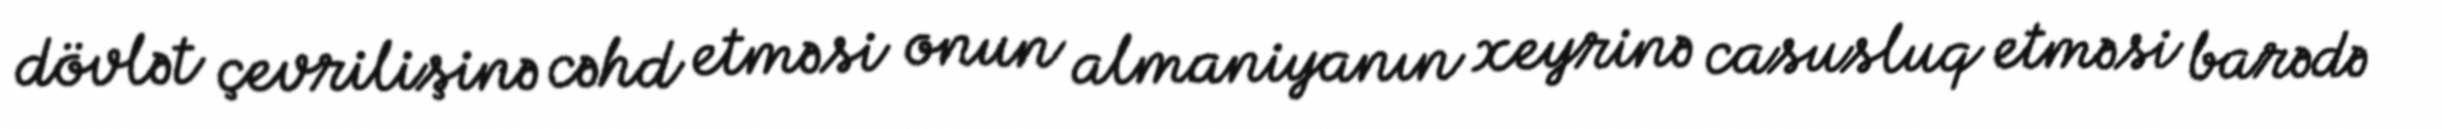
dövlət çevrilişinə cəhd etməsi onun almaniyanın xeyrinə casusluq etməsi barədə